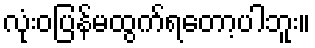
လုံးဝပြန်မထွက်ရတော့ပါဘူး။